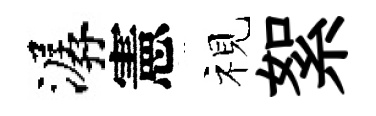
潺憲视絮